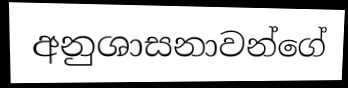
අනුශාසනාවන්ගේ